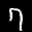
Label: 7